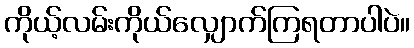
ကိုယ့်လမ်းကိုယ်လျှောက်ကြရတာပါပဲ။